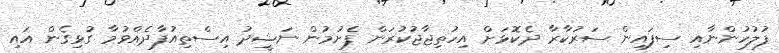
ފުލުހުންނާއި ސިފައިން ސަރުކާރާ ދެކޮޅަށް އިހުތިޖާޖުކުރަން ފެށުމުން ނަޝީދު އިސްތިއުފާދެއްވުމާ ގުޅިގެން އައި